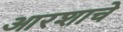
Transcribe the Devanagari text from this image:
आरशाचे